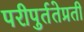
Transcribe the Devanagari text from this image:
परीपुर्ततेप्रती